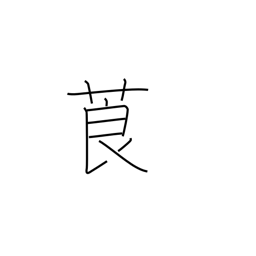
Meaning: tobacco